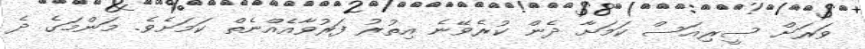
ވަރަށް ސީރިއަސް ކަމަށާ ދެން ކުރެވޭނެ އިތުރު ފަރުވާއެެއްނެތް ކަމަށެވެ. މަންމަގެ ދެ